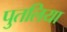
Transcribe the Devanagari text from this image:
पुतलिया